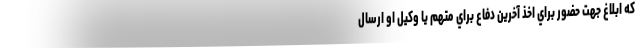
كه ابلاغ جهت حضور براي اخذ آخرين دفاع براي متهم يا وكيل او ارسال